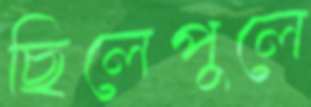
ছিলেপুলে